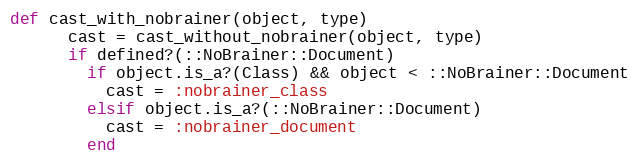
Language: Ruby
def cast_with_nobrainer(object, type)
      cast = cast_without_nobrainer(object, type)
      if defined?(::NoBrainer::Document)
        if object.is_a?(Class) && object < ::NoBrainer::Document
          cast = :nobrainer_class
        elsif object.is_a?(::NoBrainer::Document)
          cast = :nobrainer_document
        end